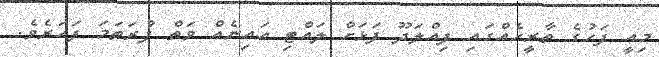
މިއީ ފަހުގެ ތާރީހެއްގައި ފިއްލަދޫ ފަޅަށް ލައްޓި އައިނެއް ވަތް ފުރަތަމަ ފަހަރެވެ.